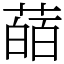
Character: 䔤